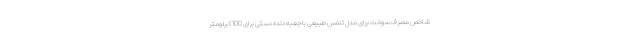
شاخص مصرف سوخت برای مدل تنفس طبیعی با جعبه دنده دستی برای 100 کیلومتر